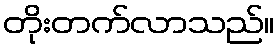
တိုးတက်လာသည်။